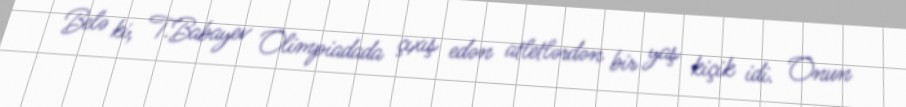
Belə ki, T.Babayev Olimpiadada çıxış edən atletlərdən bir yaş kiçik idi. Onun